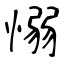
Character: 愵